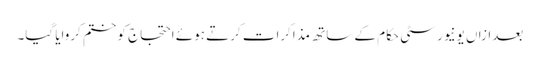
بعدازاں یونیورسٹی حکام کے ساتھ مذاکرات کرتے ہوئے احتجاج کو ختم کروایا گیا۔